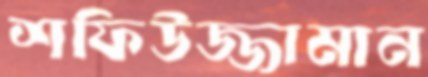
শফিউজ্জামান